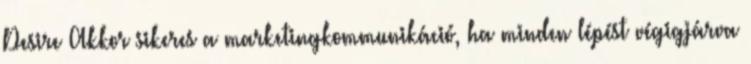
Desire Akkor sikeres a marketingkommunikáció, ha minden lépést végigjárva